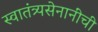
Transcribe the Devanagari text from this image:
स्वातंत्र्यसेनानींची